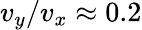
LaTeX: v_{y}/v_{x}\approx 0.2